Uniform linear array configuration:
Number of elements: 4
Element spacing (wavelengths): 0.75
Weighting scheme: exponential
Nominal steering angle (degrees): -15
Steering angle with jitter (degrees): -14.779
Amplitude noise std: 0.05
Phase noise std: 0.05

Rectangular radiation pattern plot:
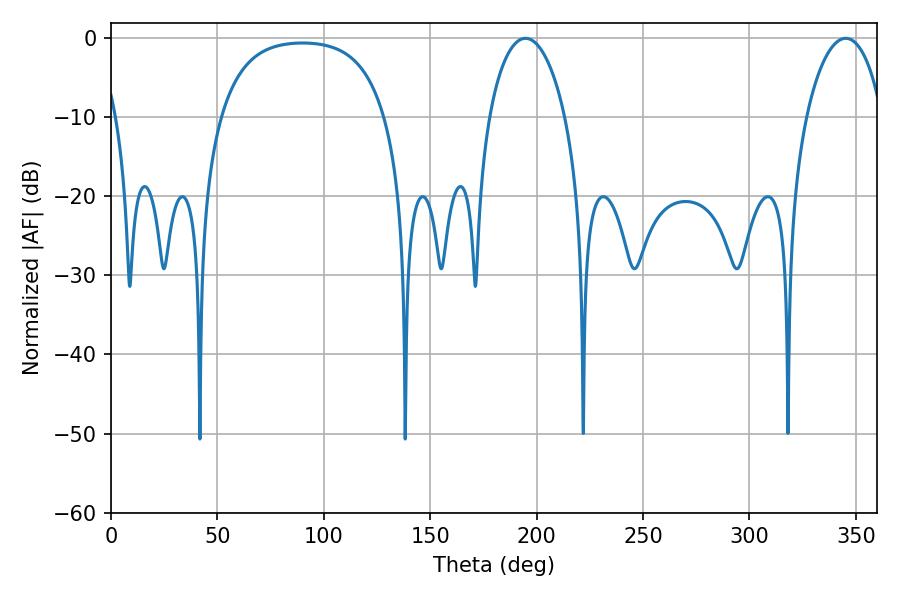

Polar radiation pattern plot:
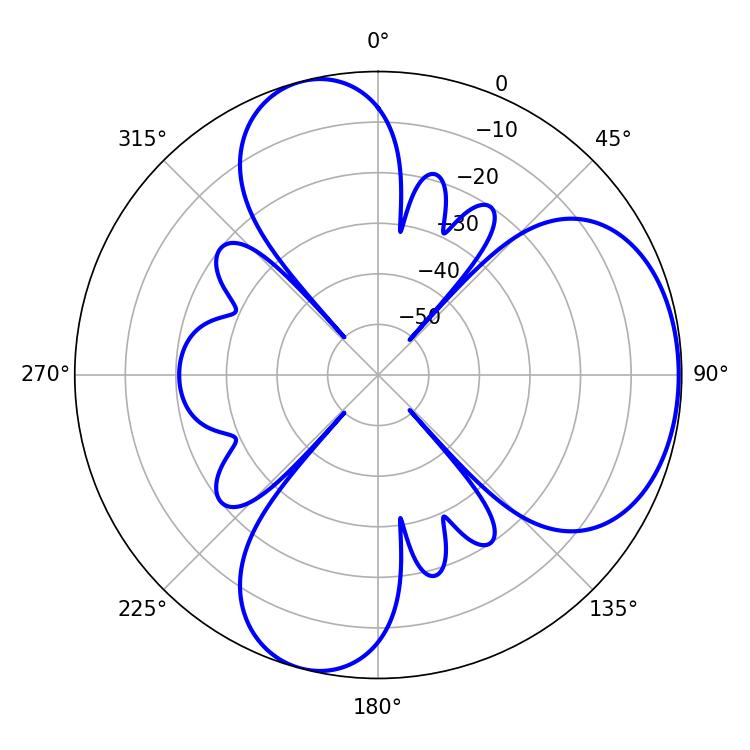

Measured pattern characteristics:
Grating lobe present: TRUE
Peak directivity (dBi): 5.473
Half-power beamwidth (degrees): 20.34
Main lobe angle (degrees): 194.76